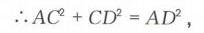
\(\therefore AC^{2}+CD^{2}=AD^{2},\)